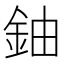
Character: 鈾